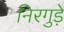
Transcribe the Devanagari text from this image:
निरगुड़े